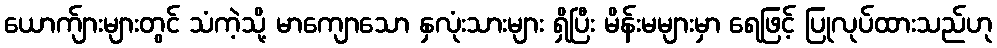
ယောက်ျားများတွင် သံကဲ့သို့ မာကျောသော နှလုံးသားများ ရှိပြီး မိန်းမများမှာ ရေဖြင့် ပြုလုပ်ထားသည်ဟု